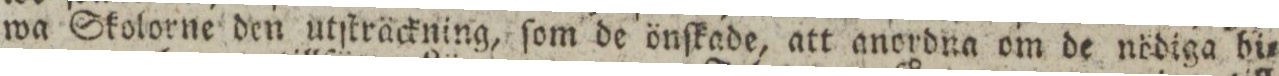
wa Skolorne den utſträckning, ſom de önſkade, att anordna om de nödiga bi=